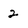
Character: 2